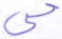
حي